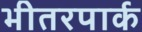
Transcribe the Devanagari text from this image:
भीतरपार्क